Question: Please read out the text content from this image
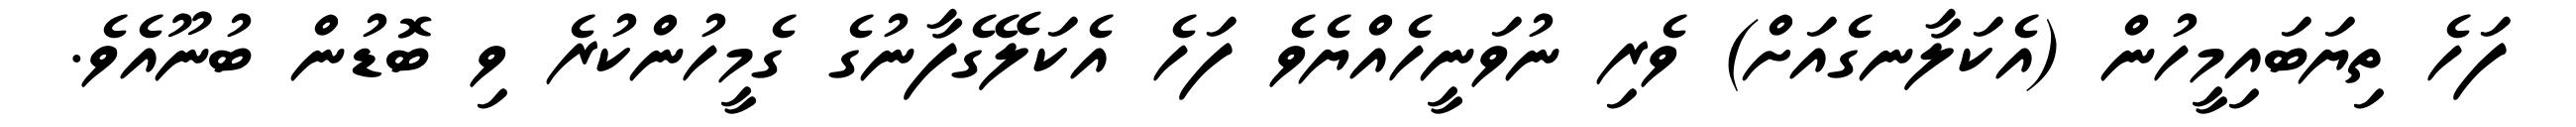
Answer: ފަހެ ތިޔަބައިމީހުން (އެކަލާނގެއަށް) ވެރި ނުވަނީހެއްޔެވެ ފަހެ އެކަލޭގެފާނުގެ ގެމީހުންކުރެ ވި ބޮޑުން ބުނޫއެވެ.